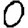
Digit: 0